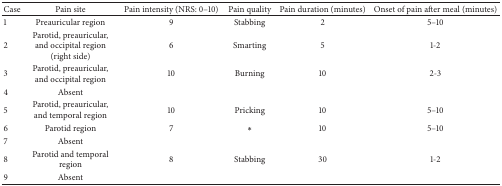
<table><thead><tr><td><b>Case</b></td><td><b>Pain site</b></td><td><b>Pain intensity (NRS: 0–10)</b></td><td><b>Pain quality</b></td><td><b>Pain duration (minutes)</b></td><td><b>Onset of pain after meal (minutes)</b></td></tr></thead><tbody><tr><td>1</td><td>Preauricular region</td><td>9</td><td>Stabbing</td><td>2</td><td>5–10</td></tr><tr><td>2</td><td>Parotid, preauricular, and occipital region (right side)</td><td>6</td><td>Smarting</td><td>5</td><td>1-2</td></tr><tr><td>3</td><td>Parotid, preauricular, and occipital region</td><td>10</td><td>Burning</td><td>10</td><td>2-3</td></tr><tr><td>4</td><td>Absent</td><td> </td><td> </td><td> </td><td> </td></tr><tr><td>5</td><td>Parotid, preauricular, and temporal region</td><td>10</td><td>Pricking</td><td>10</td><td>5–10</td></tr><tr><td>6</td><td>Parotid region</td><td>7</td><td><i>∗</i></td><td>10</td><td>5–10</td></tr><tr><td>7</td><td>Absent</td><td> </td><td> </td><td> </td><td> </td></tr><tr><td>8</td><td>Parotid and temporal region</td><td>8</td><td>Stabbing</td><td>30</td><td>1-2</td></tr><tr><td>9</td><td>Absent</td><td> </td><td> </td><td> </td><td> </td></tr></tbody></table>